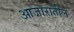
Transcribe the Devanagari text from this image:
आजारातील